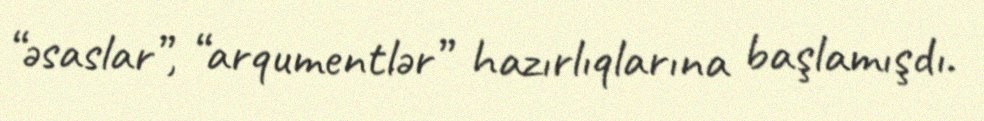
“əsaslar”, “arqumentlər” hazırlıqlarına başlamışdı.